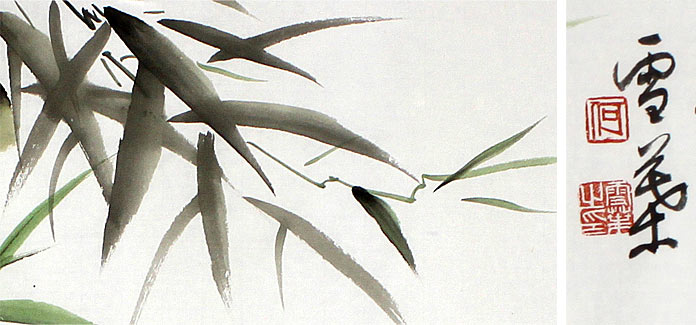
瘦叶几经雪，淡花应少春。